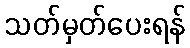
သတ်မှတ်ပေးရန်